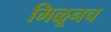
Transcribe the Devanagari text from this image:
मिळूनच